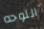
اللوحه